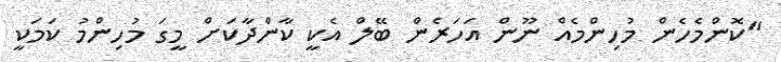
"ކޮންމެހެން މުހިންމެއް ނޫން އަހަރެން ބޭލް އެކީ ކާންދާކަށް މީގަ މުހިންމު ކަމަކީ